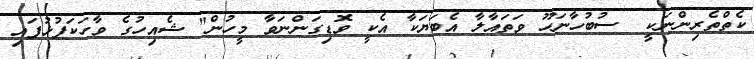
ކެތްތެރިންނަކީ  ސުބުހާނަހޫ ވަތައާލާ އެބަޔަކާ އެކީ ވޮޑިގަންނަވާ މީހުން" ޝެއިހުގެ ވާހަކަފުޅުފައި